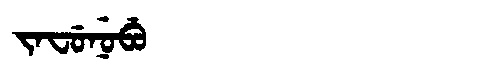
Manchu: ᠵᠠᠸᡠᠨᡠᠪᡠ
Romanization: JAFUNUBU